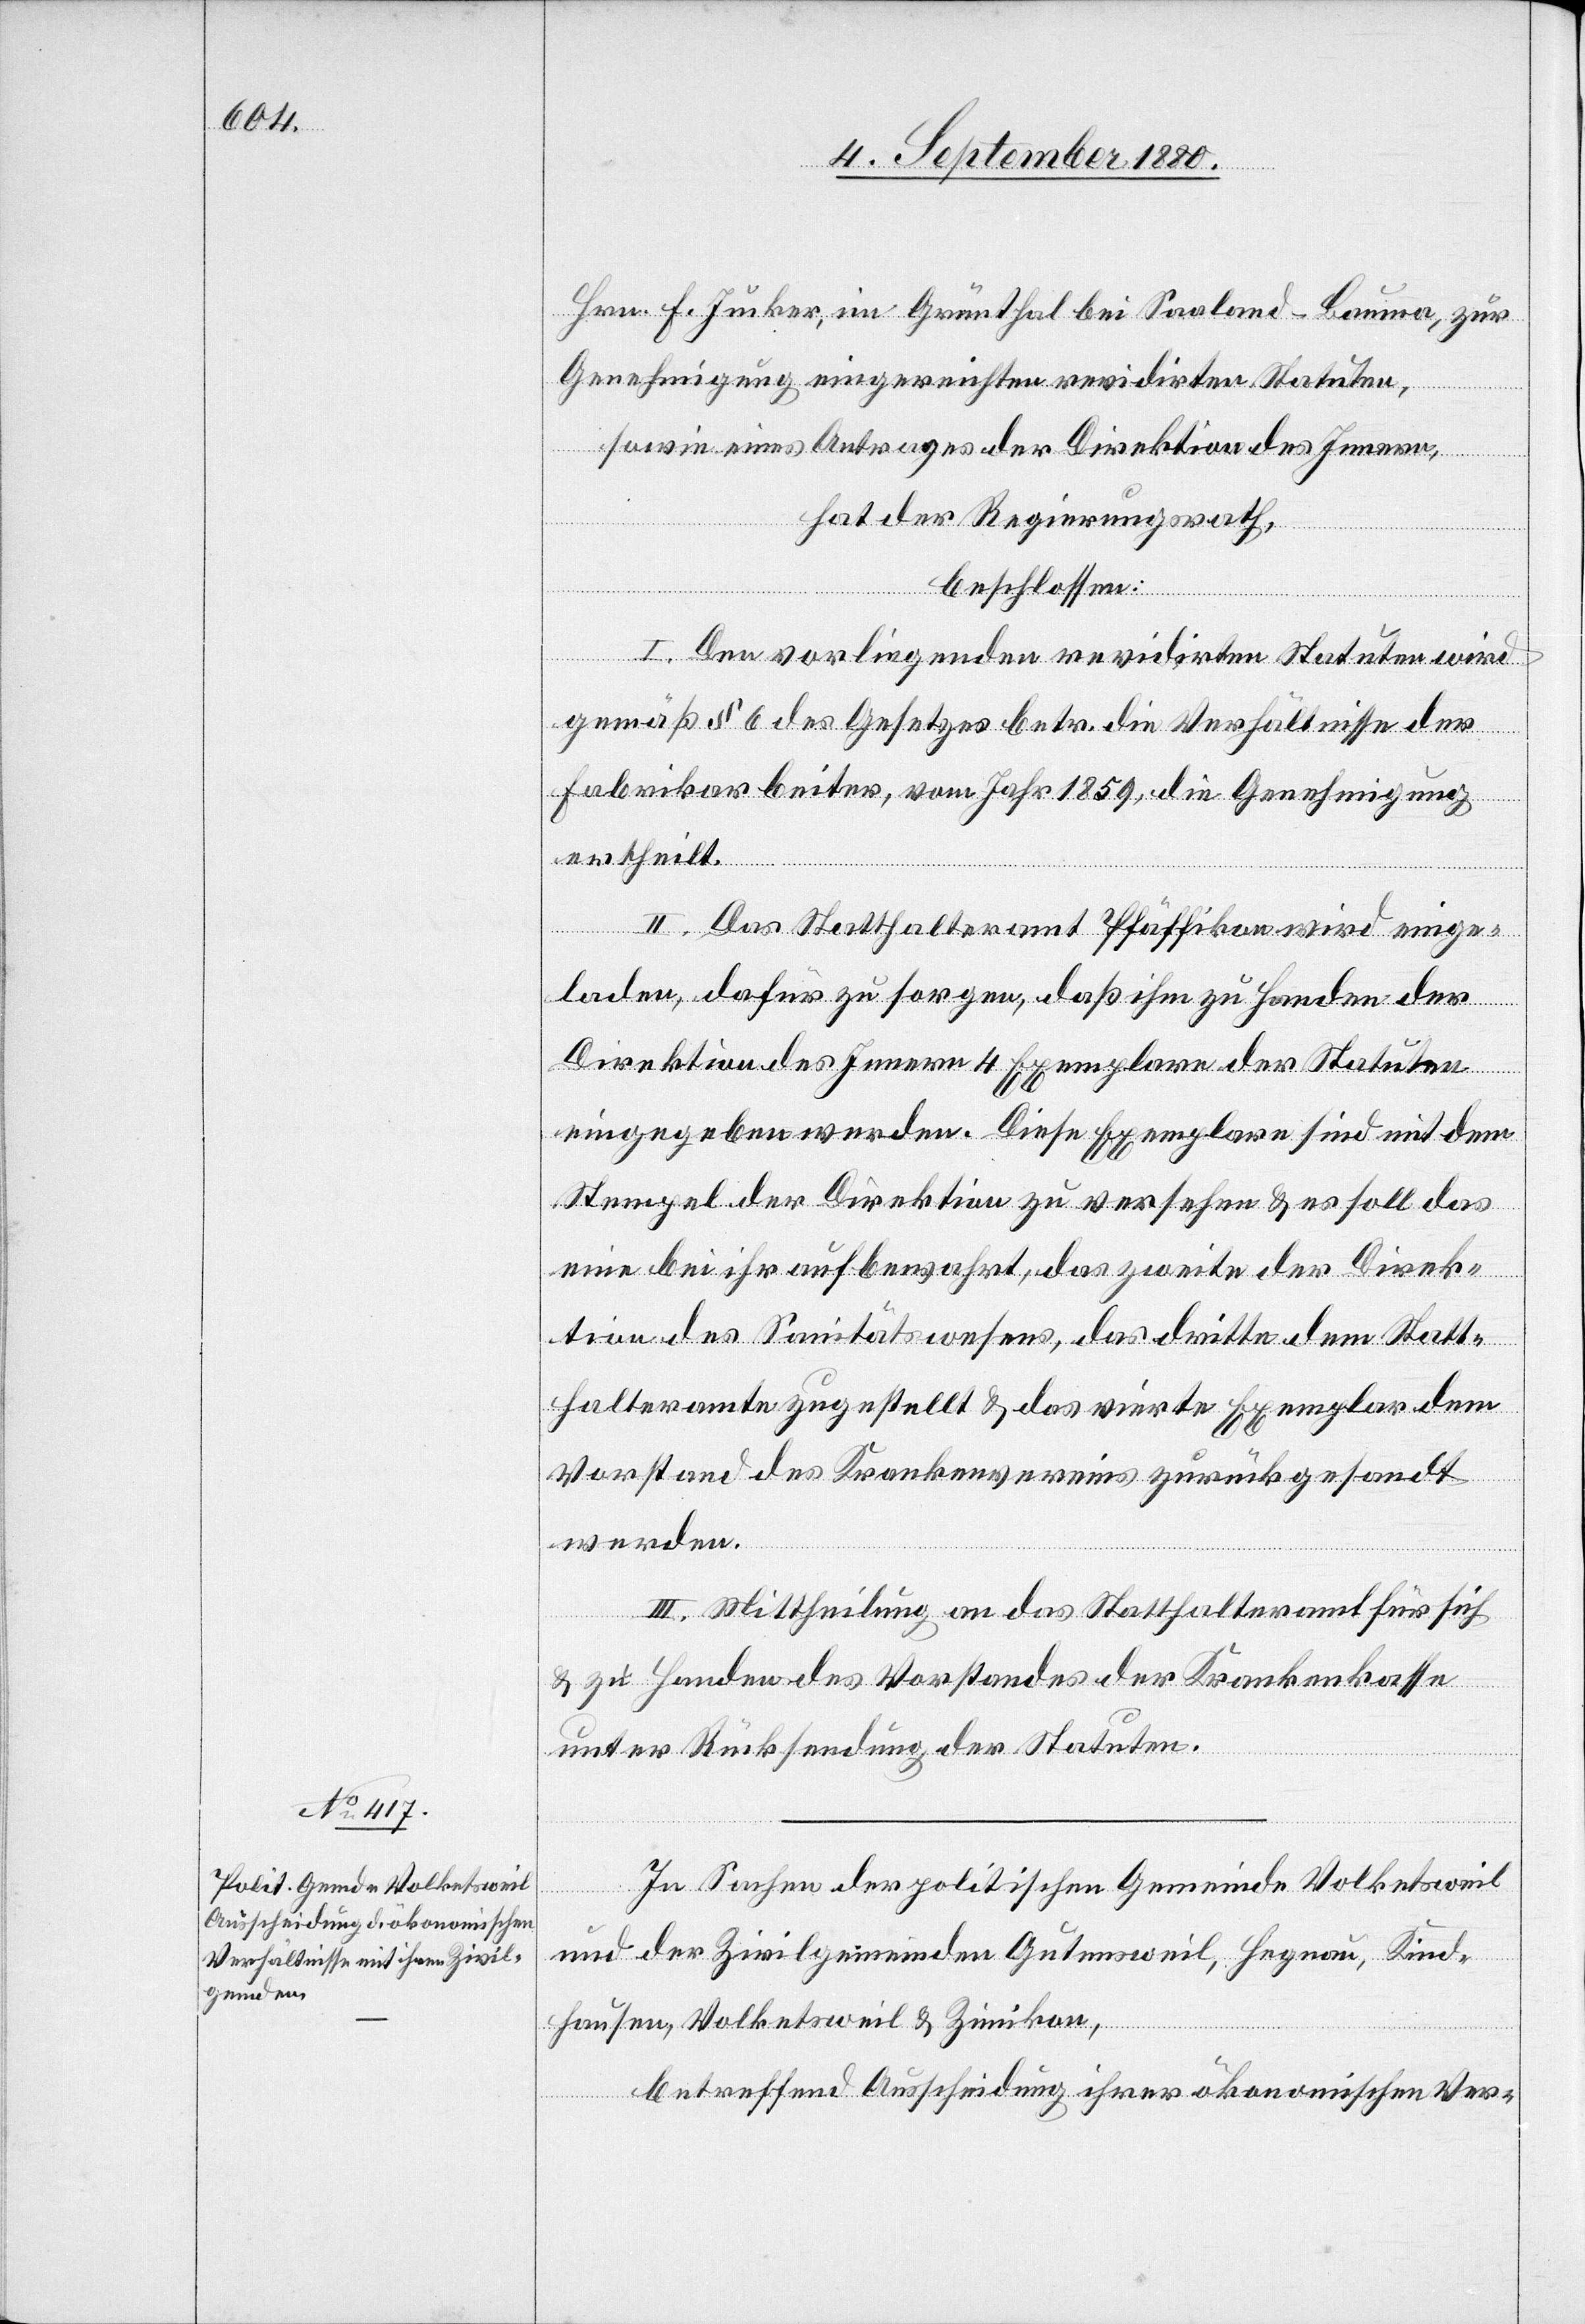
Hrn. F. Jucker, im Grünthal bei Saaland - Bauma, zur
Genehmigung eingereichten revidirten Statuten,
sowie eines Antrages der Direktion des Innern,
hat der Regierungsrath,
beschlossen:
I. Den vorliegenden revidirten Statuten wird
gemäß § 6 des Gesetzes betr. die Verhältnisse der
Fabrikarbeiter, vom Jahr 1859, die Genehmigung
ertheilt.
II. Das Statthalteramt Pfäffikon wird einge¬
laden, dafür zu sorgen, daß ihm zu Handen der
Direktion des Innern 4 Exemplare der Statuten
eingegeben werden. Diese Exemplare sind mit dem
Stempel der Direktion zu versehen & es soll das
eine bei ihr aufbewahrt, das zweite der Direk¬
tion des Sanitätswesens, das dritte dem Statt¬
halteramte zugestellt & das vierte Exemplar dem
Vorstand des Krankenvereins zurückgesandt
werden.
III. Mittheilung an das Statthalteramt für sich
& zu Handen des Vorstandes der Krankenkasse
unter Rücksendung der Statuten.
In Sachen der politischen Gemeinde Volketsweil
und der Zivilgemeinden Gutensweil, Hegnau, Kind¬
hausen, Volketsweil und Zimikon,
betreffend Ausscheidung ihrer ökonomischen Ver-